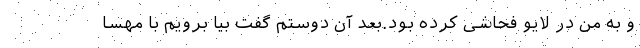
و به من در لایو فحاشی کرده بود.بعد آن دوستم گفت بیا برویم با مهسا